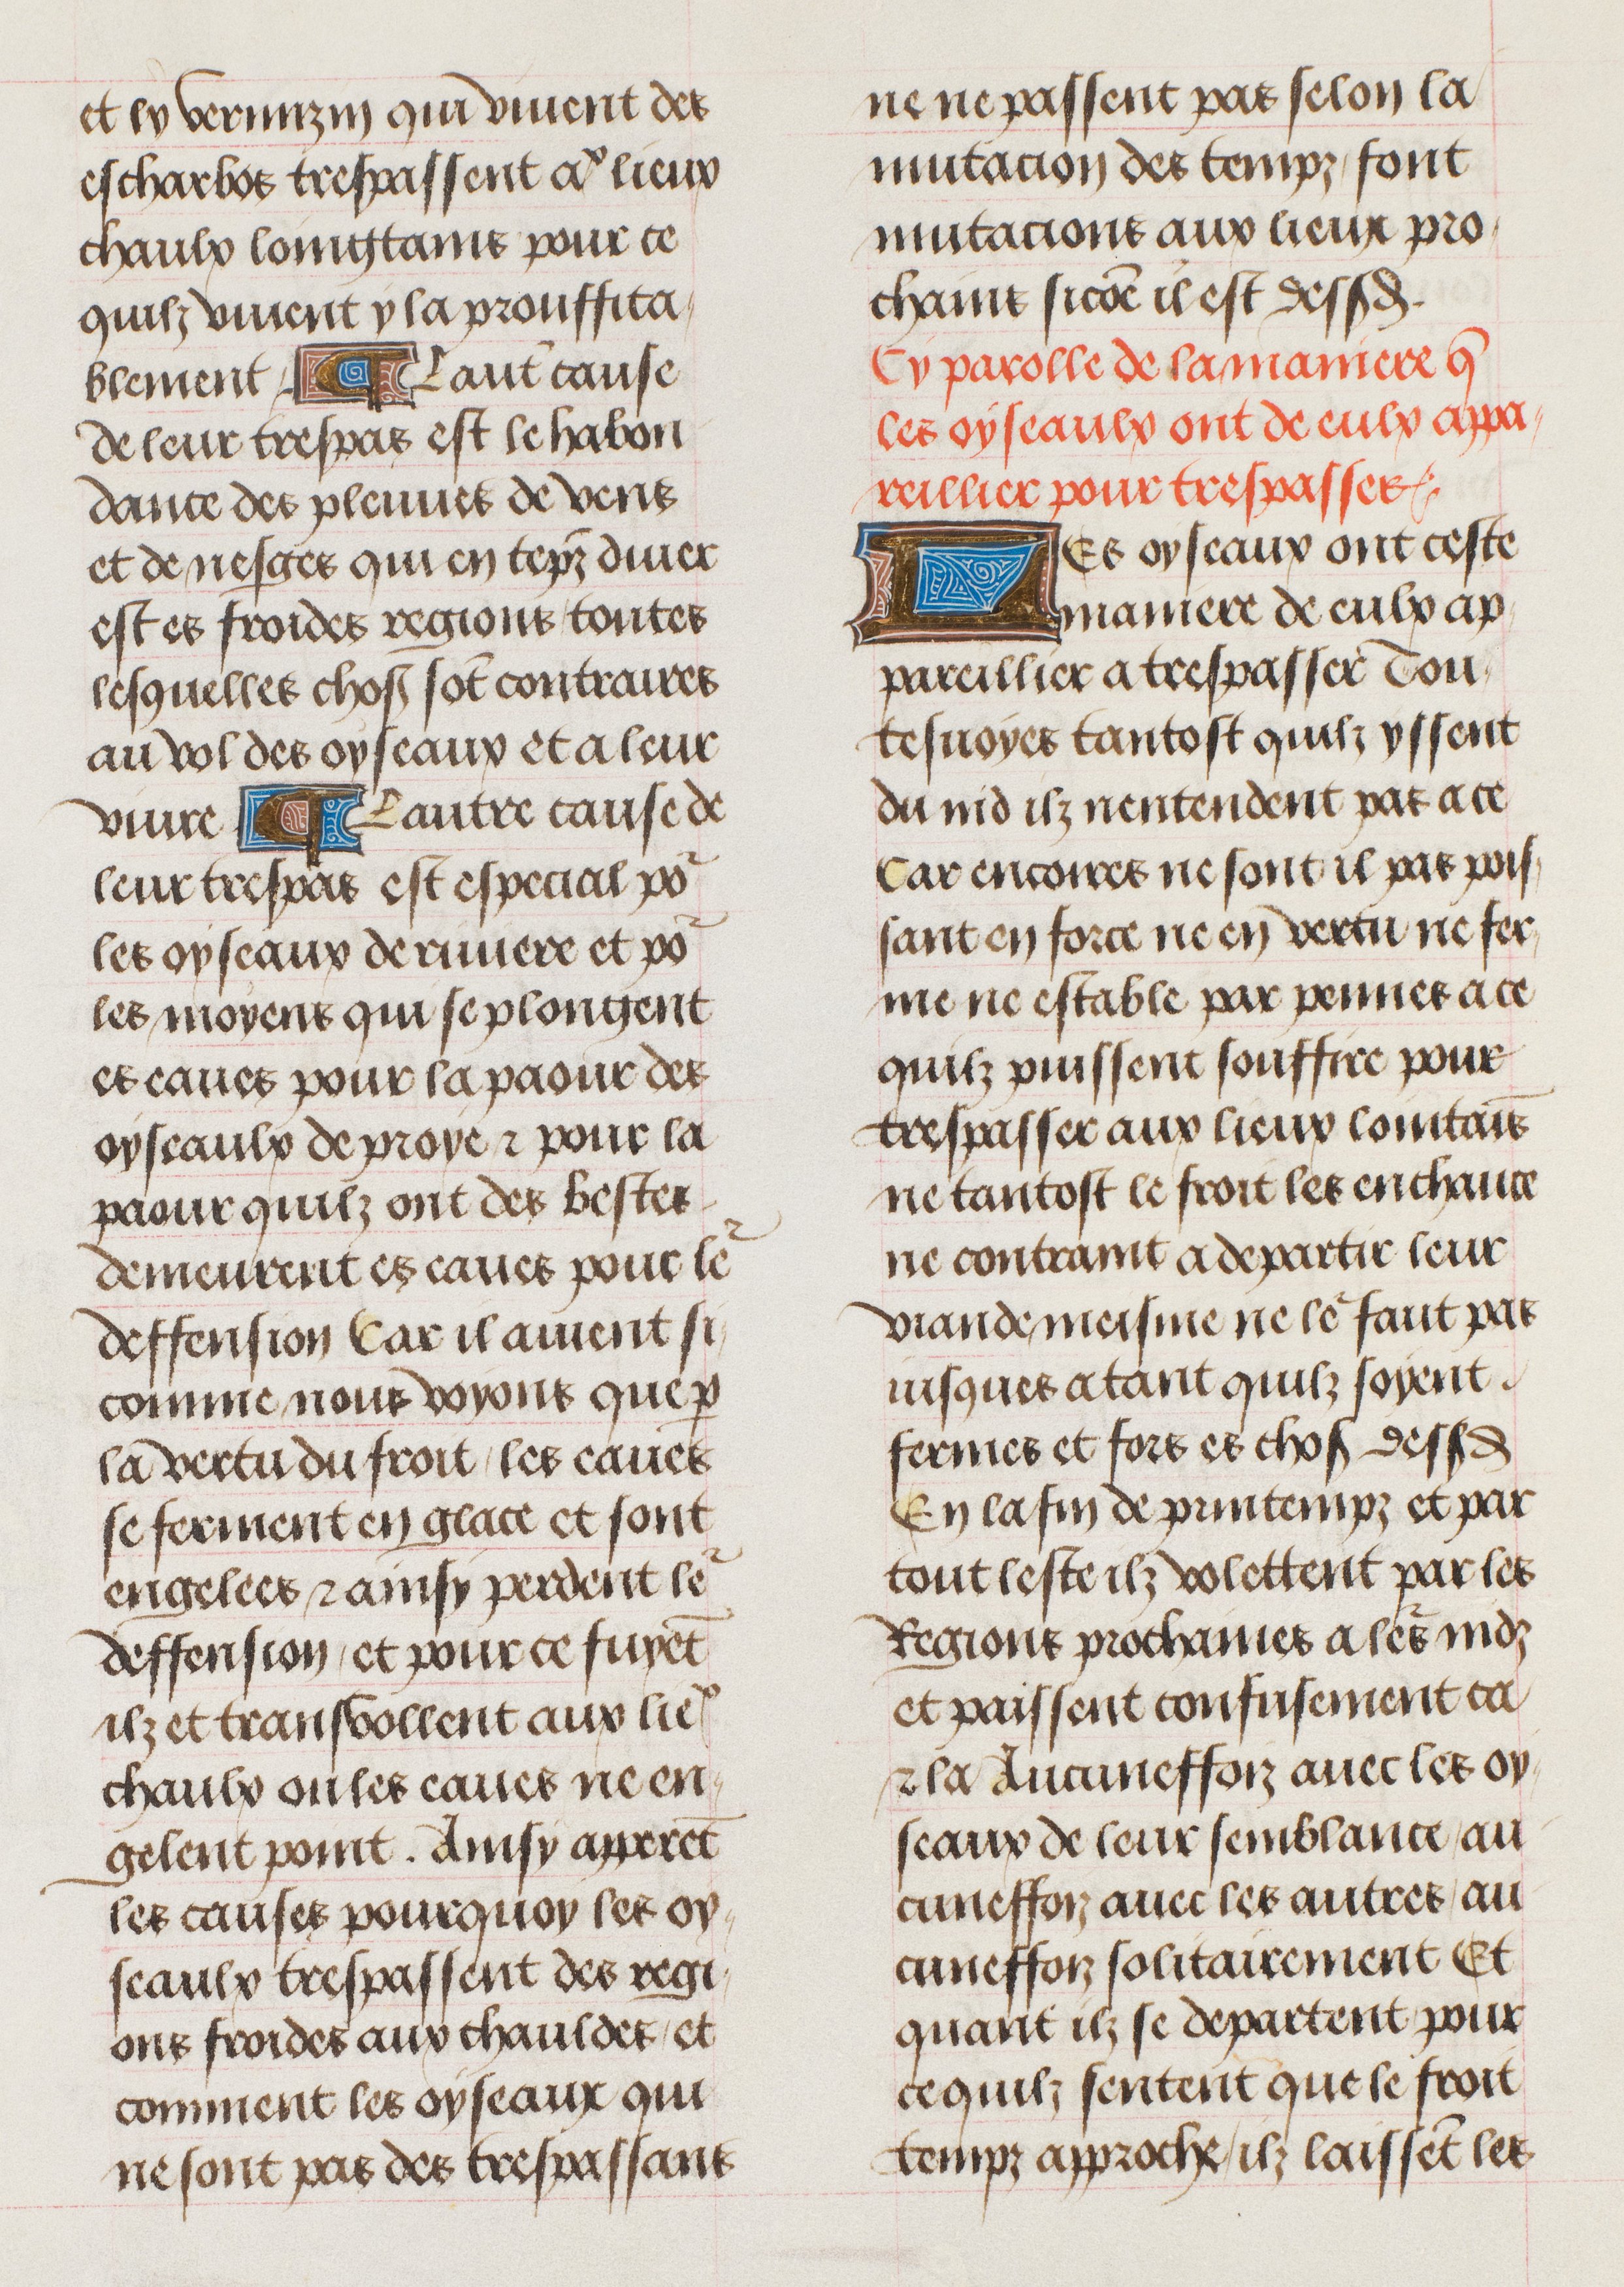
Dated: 1470–1505